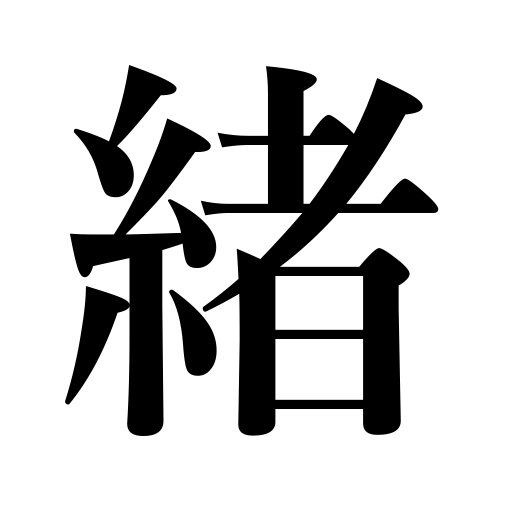
Meanings: end,strap,clog cord,thong,inception,string,beginning,cord